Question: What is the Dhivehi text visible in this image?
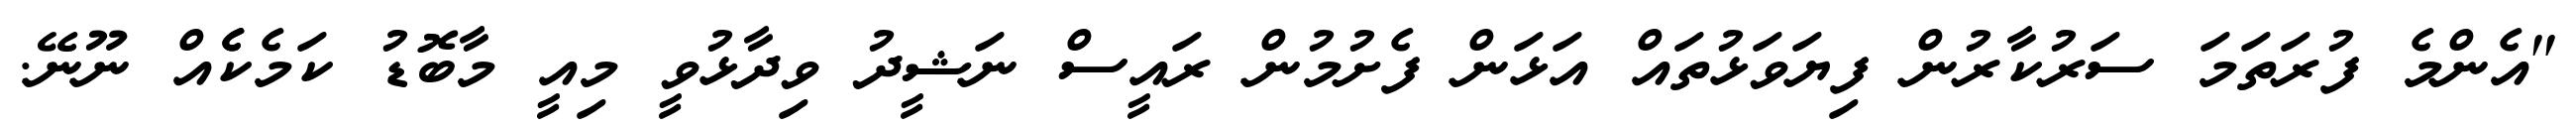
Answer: "އެންމެ ފުރަތަމަ ސަރުކާރުން ފިޔަވަޅުތައް އަޅަން ފެށުމުން ރައީސް ނަޝީދު ވިދާޅުވީ މިއީ މާބޮޑު ކަމެކެެއް ނޫނޭ.